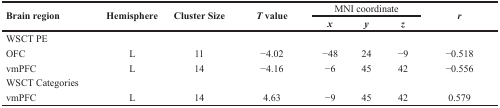
| <ROWSPAN=2> Brain region | <ROWSPAN=2> Hemisphere | <ROWSPAN=2> Cluster Size | <ROWSPAN=2> T value | <COLSPAN=3> MNI coordinate | <ROWSPAN=2> r |
 | x | y | z |
 | --- | --- | --- | --- | --- | --- | --- | --- |
 | WSCT PE |  |  |  |  |  |  |  |
 | OFC | L | 11 | −4.02 | −48 | 24 | −9 | −0.518 |
 | vmPFC | L | 14 | −4.16 | −6 | 45 | 42 | −0.556 |
 | WSCT Categories |  |  |  |  |  |  |  |
 | vmPFC | L | 14 | 4.63 | −9 | 45 | 42 | 0.579 |